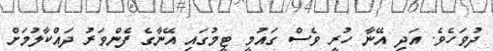
ދުވަހެވެ. އަދި އޭނާ ހުރީ ވެސް ގައުމީ ޓީމުގައި އޭނާގެ ފެންވަރު ދައްކާލުމަށް